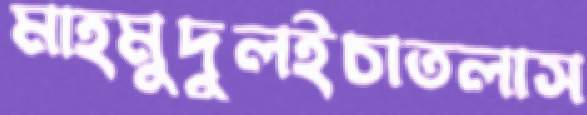
মাহমুদুলইচাতলাস